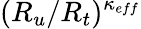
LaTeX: (R_{u}/R_{t})^{\kappa_{eff}}